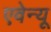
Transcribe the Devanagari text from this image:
एवेन्‍यू